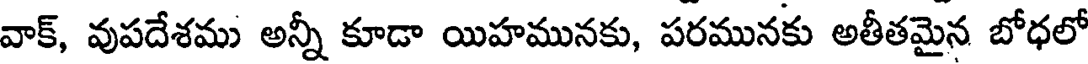
వాక్, వుపదేశము అన్నీ కూడా యిహమునకు, పరమునకు అతీతమైన బోధలో